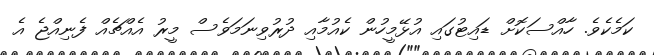
ކަމެކެވެ. ހާއްސަކޮށް ޑައިޓުގައި އުޅޭމީހުން ކެއުމާއި ދުރުވިނަމަވެސް މީރު އެއްޗެއް ފެނިއްޖެ އެ